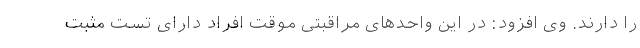
را دارند. وی افزود: در این واحدهای مراقبتی موقت افراد دارای تست مثبت